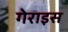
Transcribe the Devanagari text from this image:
गेराइस